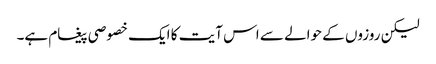
لیکن روزوں کے حوالے سے اس آیت کا ایک خصوصی پیغام ہے۔